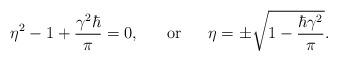
LaTeX: \begin{align*}\eta^2-1+\frac{\gamma^2 \hbar}{\pi}=0,~~~~~\mbox{or}~~~~~\eta=\pm\sqrt{1-\frac{\hbar\gamma^2}{\pi}}.\end{align*}